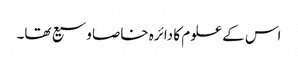
اس کے علوم کا دائرہ خاصا وسیع تھا۔